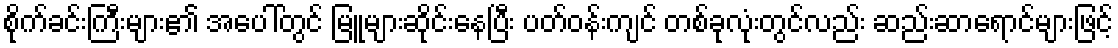
စိုက်ခင်းကြီးများ၏ အပေါ်တွင် မြူများဆိုင်းနေပြီး ပတ်ဝန်းကျင် တစ်ခုလုံးတွင်လည်း ဆည်းဆာရောင်များဖြင့်